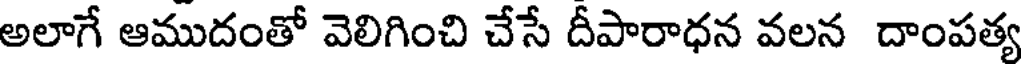
అలాగే ఆముదంతో వెలిగించి చేసే దీపారాధన వలన దాంపత్య